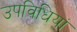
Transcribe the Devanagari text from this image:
उपविधियां